Lunatic asylums Central Provinces reports 1874-1885 - 1874-1885
Year: 1874
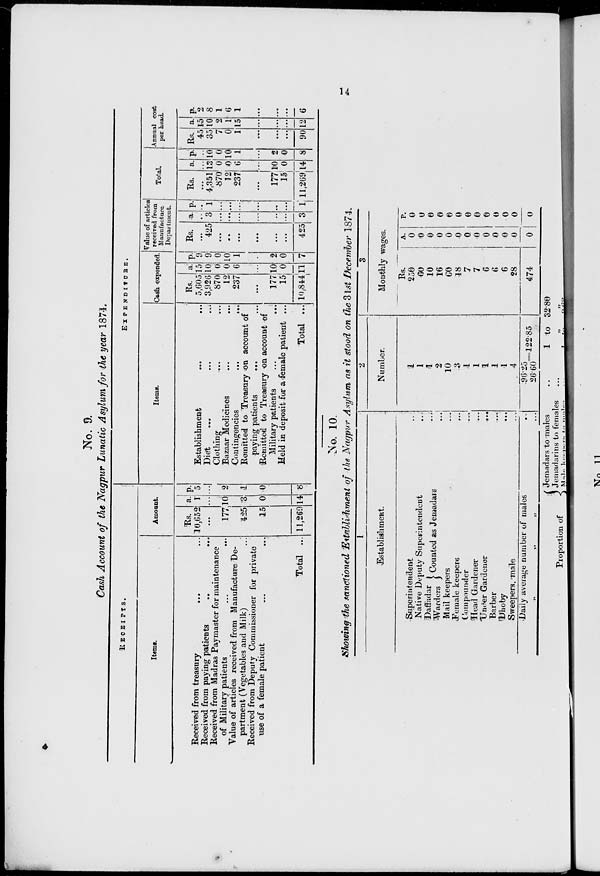
14
No. 9.
Cash Account of the Nagpur Lunatic Asylum for the year 1874.
RECEIPTS.
Items.
Received from treasury ... ...
Received from paying patients ... ...
Received from Madras Paymaster for maintenance
of Military patients ... ...
Value of articles received from Manufacture De-
partment (Vegetables and Milk) ...
Received from Deputy Commissioner for private
use of a female patient ... ...
Total ...
Amount.
Rs.
10,652
...
177
425
15
11,269
a.
1
...
10
3
0
14
p.
5
...
2
1
0
8
EXPENDITURE.
Items.
Establishment ... ...
Died ... ... ...
Clothing ... ...
Bazaar Medicines ... ...
Contingencies
...
...
Remitted to Treasury on account of
paying patients ... ...
Remitted to Treasury on account of
Military patients
...
...
Held in deposit for a female patient ...
Total ...
Cash expended.
Rs.
5,605
3,926
870
12
237
...
177
15
10,844
a.
15
10
0
0
6
...
10
0
11
p.
9
9
0
10
1
...
2
0
7
Value of articles
received from
Manufacture
Department.
Rs.
...
425
...
...
...
...
...
...
425
a.
...
3
...
...
...
...
...
...
3
p.
...
1
...
...
...
...
...
...
1
Total.
Rs.
...
4,351
870
12
237
...
177
15
11,269
a.
...
13
0
0
6
...
10
0
14
p.
...
10
0
10
1
2
0
8
Annual cost
per head.
Rs.
45
35
7
0
1
...
...
...
90
a.
15
10
2
1
15
...
...
...
12
p.
2
8
1
6
1
...
...
...
6
No. 10.
Showing the sanctioned Establishment of the Nagpur Asylum as it stood on the 31st December 1874.
1
Establishment.
Superintendent ...
Native Deputy Superintendent ...
Daffadar
Warders
Counted as Jemadars
...
Mail keepers ...
Female keepers ...
Compounder ...
Head Gardener ...
Under Gardener ...
Barber
...
Dhoby ...
Sweepers, male ...
Daily average number of males ...
„ „ „ ...
2
Number.
1
1
1
2
10
3
1
1
1
1
1
4
96.25
26.60
122.85
3
Monthly wages.
Rs.
250
60
10
16
60
18
7
7
6
6
6
28
474
A.
0
0
0
0
0
0
0
0
0
0
0
0
0
P.
0
0
0
0
0
0
0
0
0
0
0
0
0
Proportion of
Jemadars to males ...
Jemadarins to females ...
Male keepers to males ...
1 to 32.80
„ „
1 to 9.62